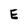
Character: E